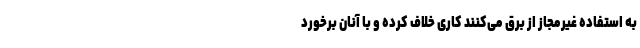
به استفاده غیرمجاز از برق می‌کنند کاری خلاف کرده و با آنان برخورد